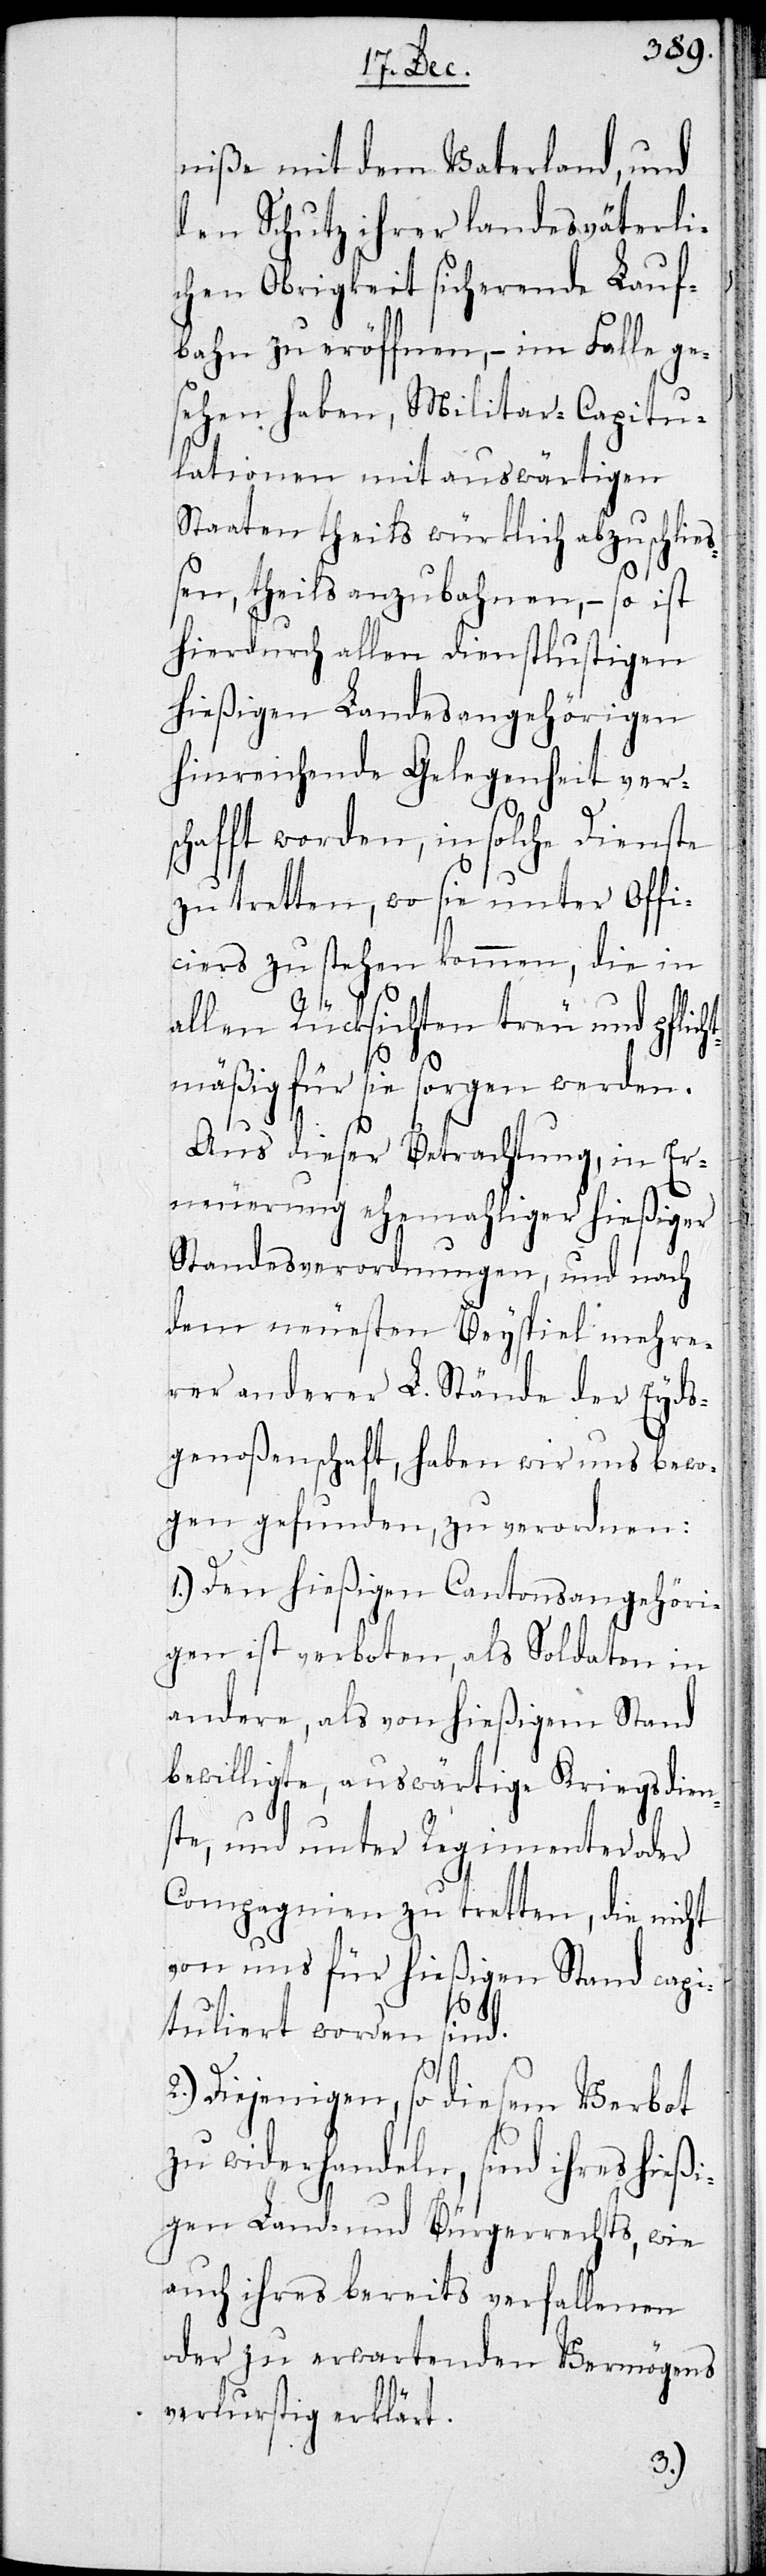
niße mit dem Vaterland, und
den Schutz ihrer landesväterli¬
chen Obrigkeit sicherende Lauf¬
bahn zu eröffnen, – im Falle ge¬
sehen haben, MIlitar-Capitu¬
lationen mit auswärtigen
Staaten theils würklich abzuschlie¬
ßen, theils anzubahnen, – so ist
hierdurch allen dienstlustigen
hießigen Landesangehörigen
hinreichende Gelegenheit versc¬
hafft worden, in solche Dienste
zu tretten, wo sie unter Offi¬
ciers zu stehen kommen, die in
allen Rücksichten treu und pflich¬
t¬
mäßig für sie sorgen werden.
Aus dieser Betrachtung, in Er¬
neuerung ehemahliger hießiger
Standesverordnungen, und nach
dem neuesten Beyspiel mehre¬
rer anderer L. Stände der Eyds¬
genoßenschaft, haben wir uns bewo¬
gen gefunden, zu verordnen:
1.) Den hießigen Cantonsangehöri¬
gen ist verboten, als Soldaten in
andere, als von hießigem Stand
bewilligte, auswärtige Kriegsdien¬
ste, und unter Regimenter oder
Compagnien zu tretten, die nicht
von uns für hießigen Stand capi¬
tuliert worden sind.
Diejenigen, so diesem Verbot
zuwiderhandeln, sind ihres hießi¬
gen Land- und Bürgerrechts, wie
auch ihres bereits verfallenen
oder zu erwartenden Vermögens
verlurstig erklärt.
2.)